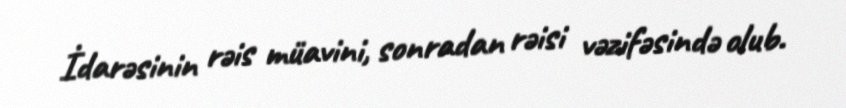
İdarəsinin rəis müavini, sonradan rəisi vəzifəsində olub.